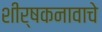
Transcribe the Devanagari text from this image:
शीर्षकनावाचे